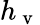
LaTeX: h_{\mathrm{~v~}}